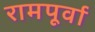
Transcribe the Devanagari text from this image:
रामपूर्वा